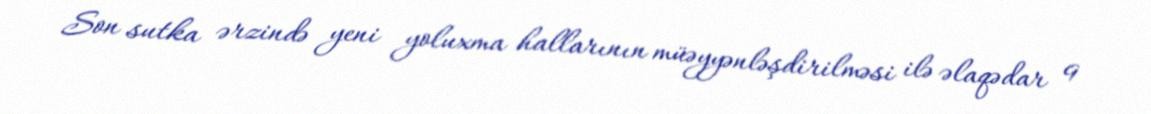
Son sutka ərzində yeni yoluxma hallarının müəyyənləşdirilməsi ilə əlaqədar 9